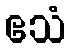
ဧသံ